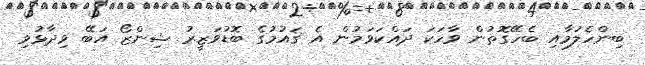
ބިންހެލުމާއި ބެހޭގޮތުން ވާހަކަ ދައްކަވަމުން އެ ޤައުމުގެ ބޮޑުވަޒީރު ޝިންޒޯ އަބޭ ވިދާޅުވި